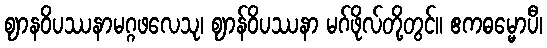
ဈာနဝိပဿနာမဂ္ဂဖလေသု၊ ဈာန်ဝိပဿနာ မဂ်ဖိုလ်တို့တွင်။ ဧကဓမ္မောပီ၊